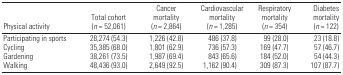
<table><thead><tr><td><b>Physical activity</b></td><td><b>Total cohort (<i>n</i> = 52,061)</b></td><td><b>Cancer mortality (<i>n</i> = 2,864)</b></td><td><b>Cardiovascular mortality (<i>n</i> = 1,285)</b></td><td><b>Respiratory mortality (<i>n</i> = 354)</b></td><td><b>Diabetes mortality (<i>n</i> = 122)</b></td></tr></thead><tbody><tr><td><b>Participating in sports </b></td><td>28,274 (54.3)</td><td>1,226 (42.8)</td><td>486 (37.8)</td><td>99 (28.0)</td><td>23 (18.8)</td></tr><tr><td><b>Cycling </b></td><td>35,385 (68.0)</td><td>1,801 (62.9)</td><td>736 (57.3)</td><td>169 (47.7)</td><td>57 (46.7)</td></tr><tr><td><b>Gardening </b></td><td>38,261 (73.5)</td><td>1,987 (69.4)</td><td>843 (65.6)</td><td>184 (52.0)</td><td>54 (44.3)</td></tr><tr><td><b>Walking </b></td><td>48,436 (93.0)</td><td>2,649 (92.5)</td><td>1,162 (90.4)</td><td>309 (87.3)</td><td>107 (87.7)</td></tr></tbody></table>